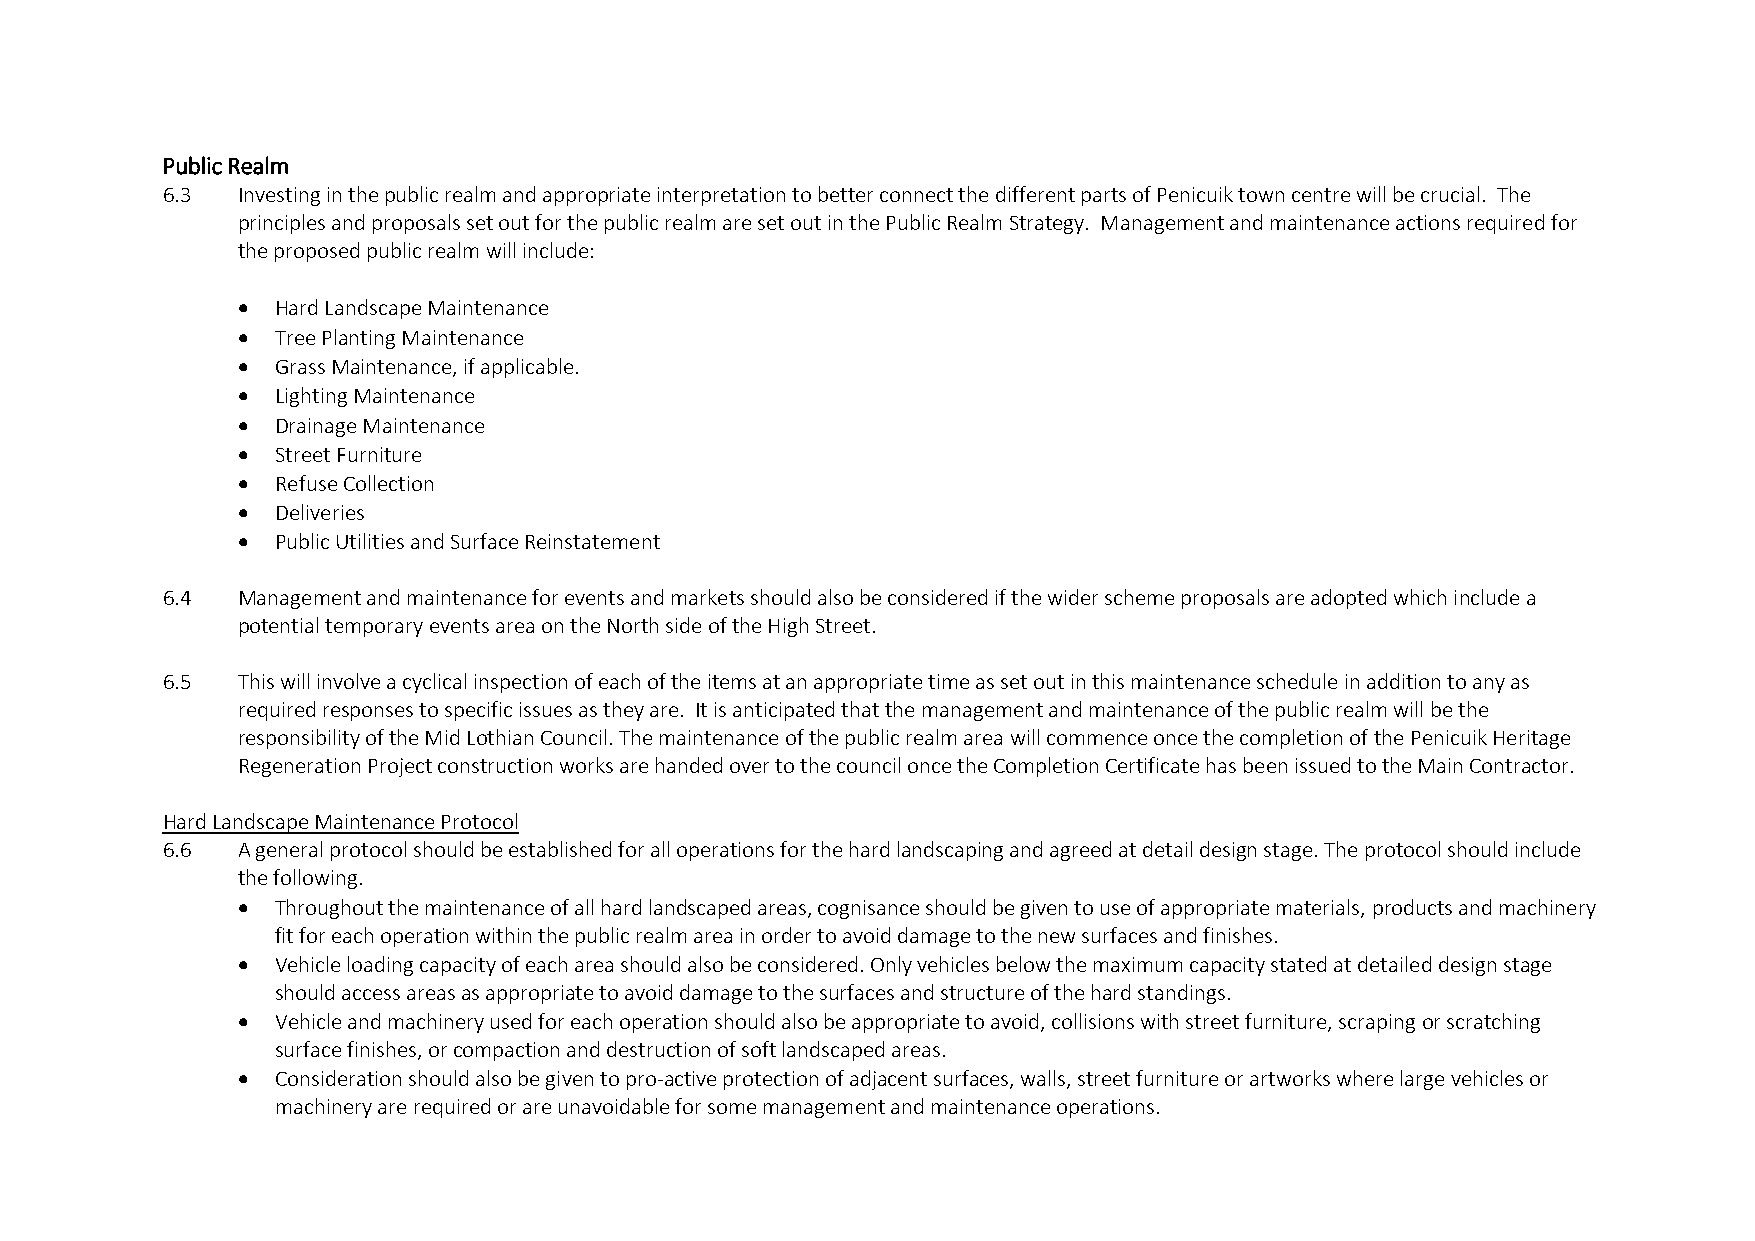
Public Realm
 6.3  Investing in the public realm and appropriate interpretation to better connect the different parts of Penicuik town centre will be crucial. The
 principles and proposals set out for the public realm are set out in the Public Realm Strategy. Management and maintenance actions required for
 the proposed public realm will include:
  Hard Landscape Maintenance
  Tree Planting Maintenance
  Grass Maintenance, if applicable.
  Lighting Maintenance
  Drainage Maintenance
  Street Furniture
  Refuse Collection
  Deliveries
  Public Utilities and Surface Reinstatement
 6.4  Management and maintenance for events and markets should also be considered if the wider scheme proposals are adopted which include a
 potential temporary events area on the North side of the High Street.
 6.5  This will involve a cyclical inspection of each of the items at an appropriate time as set out in this maintenance schedule in addition to any as
 required responses to specific issues as they are. It is anticipated that the management and maintenance of the public realm will be the
 responsibility of the Mid Lothian Council. The maintenance of the public realm area will commence once the completion of the Penicuik Heritage
 Regeneration Project construction works are handed over to the council once the Completion Certificate has been issued to the Main Contractor.
 Hard Landscape Maintenance Protocol
 6.6  A general protocol should be established for all operations for the hard landscaping and agreed at detail design stage. The protocol should include
 the following.
  Throughout the maintenance of all hard landscaped areas, cognisance should be given to use of appropriate materials, products and machinery
 fit for each operation within the public realm area in order to avoid damage to the new surfaces and finishes.
  Vehicle loading capacity of each area should also be considered. Only vehicles below the maximum capacity stated at detailed design stage
 should access areas as appropriate to avoid damage to the surfaces and structure of the hard standings.
  Vehicle and machinery used for each operation should also be appropriate to avoid, collisions with street furniture, scraping or scratching
 surface finishes, or compaction and destruction of soft landscaped areas.
  Consideration should also be given to pro-active protection of adjacent surfaces, walls, street furniture or artworks where large vehicles or
 machinery are required or are unavoidable for some management and maintenance operations.